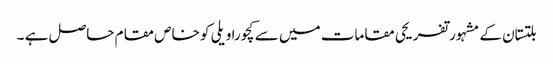
بلتستان کے مشہورتفریحی مقامات میں سے کچورا ویلی کو خاص مقام حاصل ہے ۔